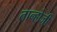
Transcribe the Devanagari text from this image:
तान्होजी